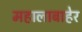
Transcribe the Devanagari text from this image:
महालाबाहेर